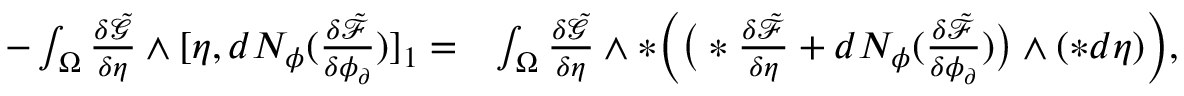
\begin{array} { r l } { - \int _ { \Omega } \frac { \delta \tilde { \mathcal { G } } } { \delta \eta } \wedge [ \eta , d N _ { \phi } ( \frac { \delta \tilde { \mathcal { F } } } { \delta \phi _ { \partial } } ) ] _ { 1 } = } & { \int _ { \Omega } \frac { \delta \tilde { \mathcal { G } } } { \delta \eta } \wedge \ast \Big ( \big ( \ast \frac { \delta \tilde { \mathcal { F } } } { \delta \eta } + d N _ { \phi } ( \frac { \delta \tilde { \mathcal { F } } } { \delta \phi _ { \partial } } ) \big ) \wedge ( \ast d \eta ) \Big ) , } \end{array}